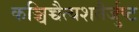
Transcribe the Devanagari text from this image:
कञ्चिच्चैत्यशतैर्जुष्ट